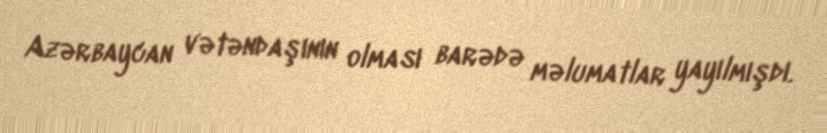
Azərbaycan vətəndaşının olması barədə məlumatlar yayılmışdı.